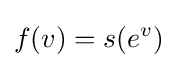
f(v)=s(e^{v})